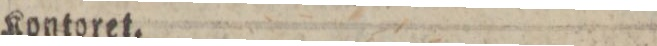
Kontoret.